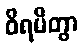
ဝိရမိတွာ